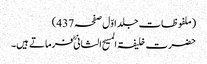
(ملفوظات جلد اوّل صفحہ437)
حضرت خلیفۃ المسیح الثانیؓ فرماتے ہیں۔